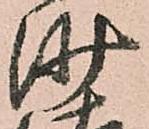
沙